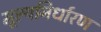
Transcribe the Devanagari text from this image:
मूल्यनिर्धारण